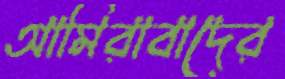
আমিরাবাদের